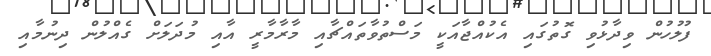
ފުލުހުން ވިދާޅުވި ގޮތުގައި އެކުއްޖާއަކީ މަސްތުވާތައްޗާއި މާރާމާރީ އާއި މުދަލަށް ގެއްލުން ދިނުމާއި